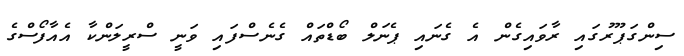
ސިންގަޕޫރުގައި ރާވައިގެން އެ ގެނައި ޕެނަލް ބޯޑްތައް ގެނެސްފައި ވަނީ ސްރީލަންކާ އެއާފޯސްގެ